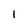
Character: 1